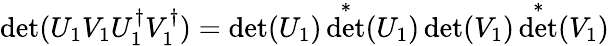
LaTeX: \operatorname*{det}(U_{1}V_{1}U_{1}^{\dagger}V_{1}^{\dagger})=\operatorname*{det}(U_{1})\operatorname*{det}^{*}(U_{1})\operatorname*{det}(V_{1})\operatorname*{det}^{*}(V_{1})